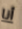
أنا